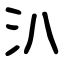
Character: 汃